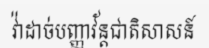
វ៉ាដាច់បញ្ញាវ័ន្តជាតិសាសន៍